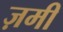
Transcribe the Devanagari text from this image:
ज़मी